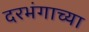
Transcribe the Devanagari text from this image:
दरभंगाच्या